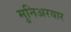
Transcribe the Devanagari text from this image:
मुनिअरयार